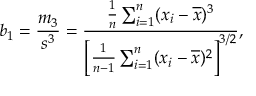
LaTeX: b _ { 1 } = { \frac { m _ { 3 } } { s ^ { 3 } } } = { \frac { { \frac { 1 } { n } } \sum _ { i = 1 } ^ { n } ( x _ { i } - { \overline { { x } } } ) ^ { 3 } } { \left[ { \frac { 1 } { n - 1 } } \sum _ { i = 1 } ^ { n } ( x _ { i } - { \overline { { x } } } ) ^ { 2 } \right] ^ { 3 / 2 } } } ,